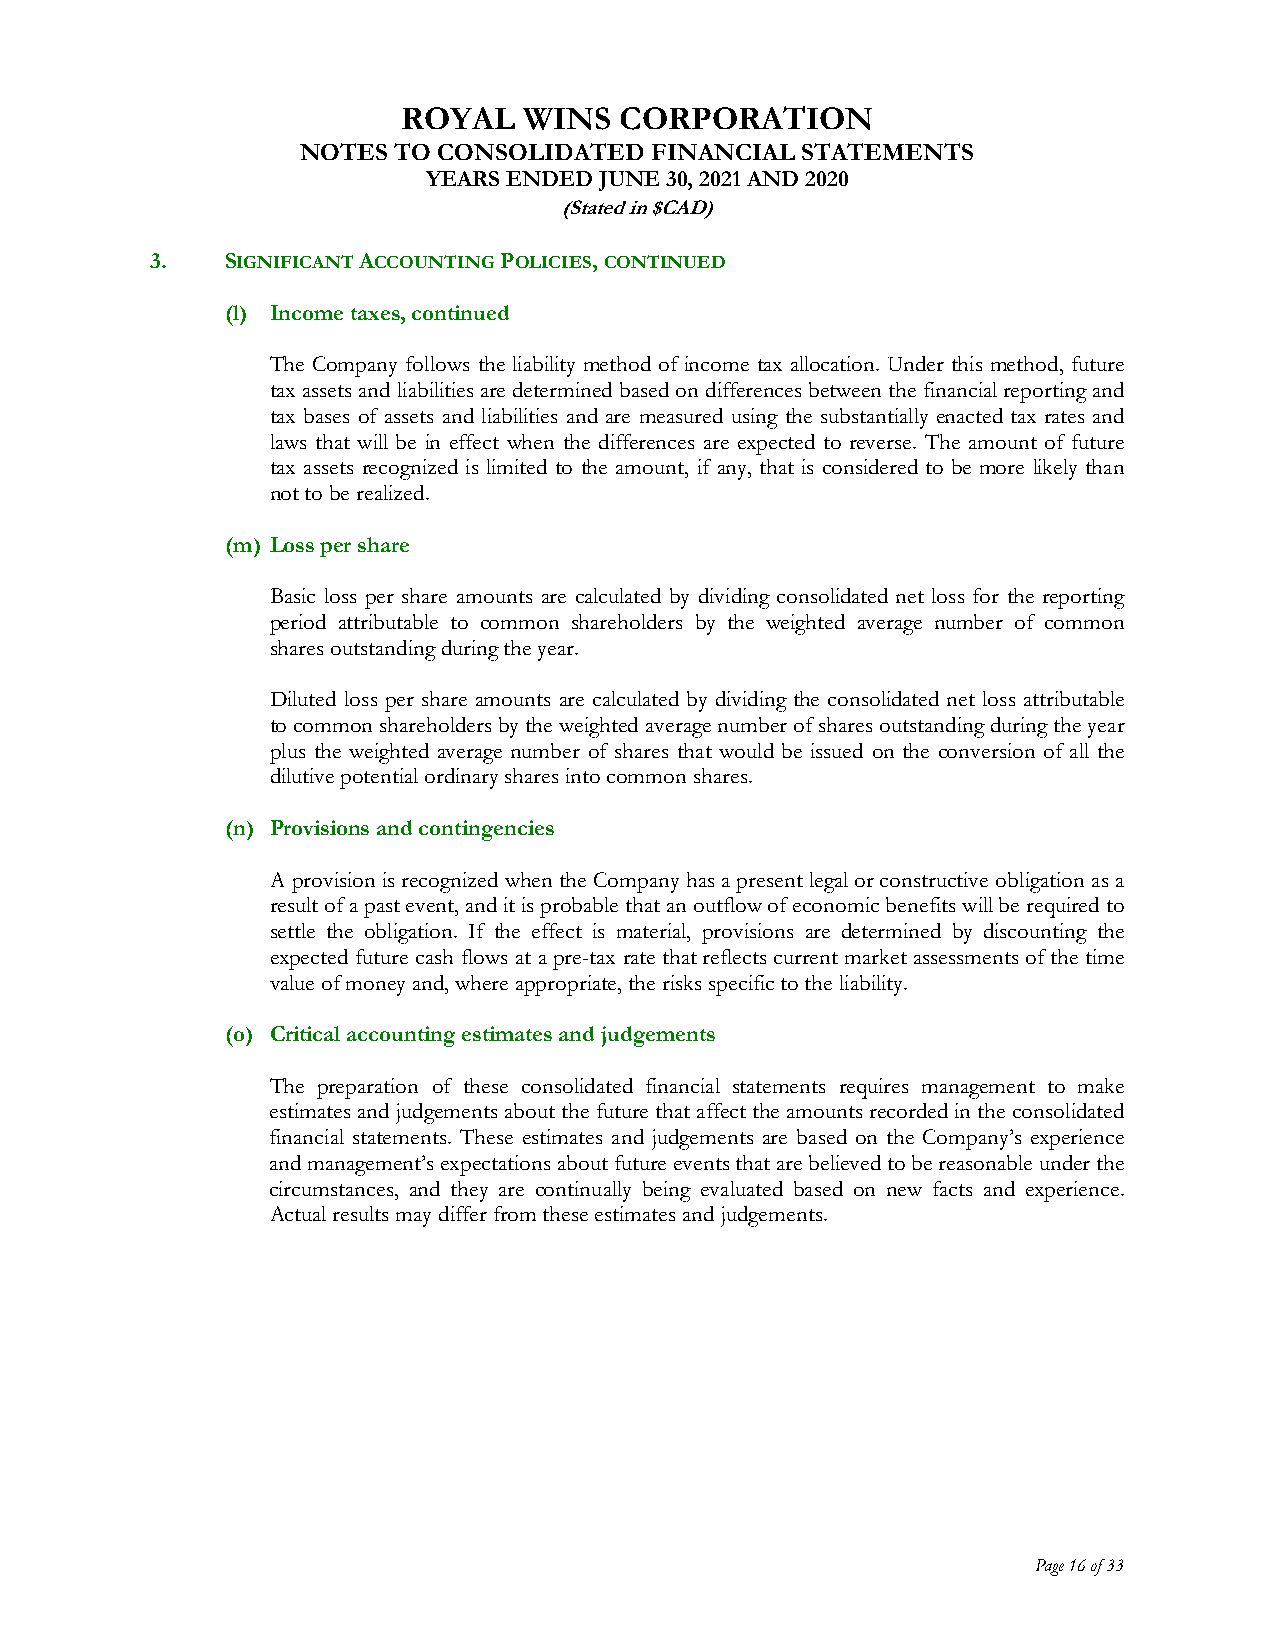
ROYAL   WINS  CORPORATION
 NOTES TO CONSOLIDATED  FINANCIAL STATEMENTS
 YEARS ENDED JUNE 30, 2021 AND 2020
 (Stated in $CAD)
 3.   SIGNIFICANT ACCOUNTING POLICIES, CONTINUED
 (l) Income taxes, continued
 The Company follows the liability method of income tax allocation. Under this method, future
 tax assets and liabilities are determined based on differences between the financial reporting and
 tax bases of assets and liabilities and are measured using the substantially enacted tax rates and
 laws that will be in effect when the differences are expected to reverse. The amount of future
 tax assets recognized is limited to the amount, if any, that is considered to be more likely than
 not to be realized.
 (m) Loss per share
 Basic loss per share amounts are calculated by dividing consolidated net loss for the reporting
 period attributable to common shareholders by the weighted average number of common
 shares outstanding during the year.
 Diluted loss per share amounts are calculated by dividing the consolidated net loss attributable
 to common shareholders by the weighted average number of shares outstanding during the year
 plus the weighted average number of shares that would be issued on the conversion of all the
 dilutive potential ordinary shares into common shares.
 (n) Provisions and contingencies
 A provision is recognized when the Company has a present legal or constructive obligation as a
 result of a past event, and it is probable that an outflow of economic benefits will be required to
 settle the obligation. If the effect is material, provisions are determined by discounting the
 expected future cash flows at a pre-tax rate that reflects current market assessments of the time
 value of money and, where appropriate, the risks specific to the liability.
 (o) Critical accounting estimates and judgements
 The preparation of these consolidated financial statements requires management to make
 estimates and judgements about the future that affect the amounts recorded in the consolidated
 financial statements. These estimates and judgements are based on the Company’s experience
 and management’s expectations about future events that are believed to be reasonable under the
 circumstances, and they are continually being evaluated based on new facts and experience.
 Actual results may differ from these estimates and judgements.
 Page 16 of 33